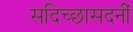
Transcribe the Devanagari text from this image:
सदिच्छासदनीं